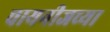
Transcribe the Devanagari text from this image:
चायनीजच्या